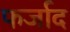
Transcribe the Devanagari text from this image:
फर्जाद